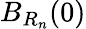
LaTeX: B_{R_{n}}(0)